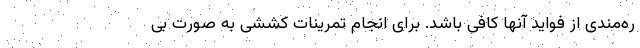
ره‌مندی از فواید آنها کافی باشد. برای انجام تمرینات کششی به صورت بی